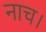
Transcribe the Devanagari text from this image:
नाच।